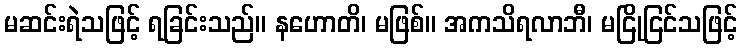
မဆင်းရဲသဖြင့် ရခြင်းသည်။ နဟောတိ၊ မဖြစ်။ အကသိရလာဘီ၊ မငြိုငြင်သဖြင့်